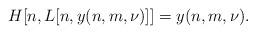
LaTeX: \begin{align*}H[n,L[n,y(n,m,\nu)]]=y(n,m,\nu).\end{align*}